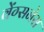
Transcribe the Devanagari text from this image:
वेंग्सनेस